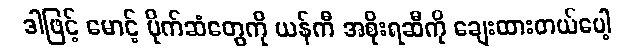
ဒါဖြင့် မောင့် ပိုက်ဆံတွေကို ယန်ကီ အစိုးရဆီကို ချေးထားတယ်ပေါ့